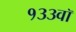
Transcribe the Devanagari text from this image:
१३३वॉ